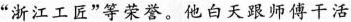
“浙江工匠”等荣誉。他白天跟师傅干活